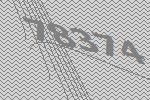
78374